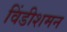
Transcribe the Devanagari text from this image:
विंडीशमन